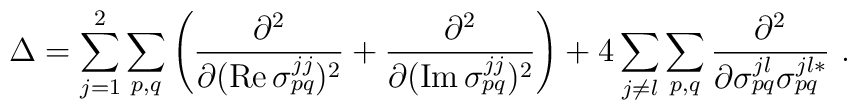
\Delta = \sum_{j=1}^2 \sum_{p,q} \left(\frac{\partial^2}                {\partial ({\rm Re}\,\sigma_{pq}^{jj})^2} +                            \frac{\partial^2}                {\partial ({\rm Im}\,\sigma_{pq}^{jj})^2} \right) +          4 \sum_{j\neq l} \sum_{p,q} \frac{\partial^2}                {\partial\sigma_{pq}^{jl}\sigma_{pq}^{jl*}} \ .